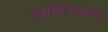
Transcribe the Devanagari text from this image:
एदमिनिसत्रेशन